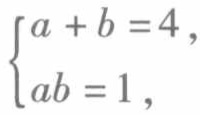
$\begin{cases}
a + b = 4,\\
ab = 1,
\end{cases}$